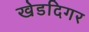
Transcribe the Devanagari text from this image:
खेडदिगर